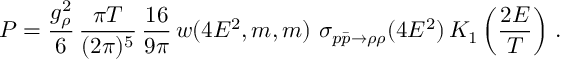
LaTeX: P = { \frac { g _ { \rho } ^ { 2 } } { 6 } } \, \frac { \pi T } { ( 2 \pi ) ^ { 5 } } \, \frac { 1 6 } { 9 \pi } \, w ( 4 E ^ { 2 } , m , m ) \ \sigma _ { p \bar { p } \rightarrow \rho \rho } ( 4 E ^ { 2 } ) \, K _ { 1 } \left( \frac { 2 E } { T } \right) \, .